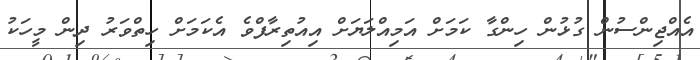
އެއްޖިންސުން ގުޅުން ހިންގާ ކަމަށް އަމިއްލަޔަށް އިއުތިރާފްވެ އެކަމަށް ހިތްވަރު ދިން މީހަކު